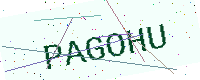
Text: PAGOHU